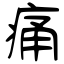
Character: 痛